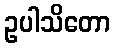
ဥပါသိတော